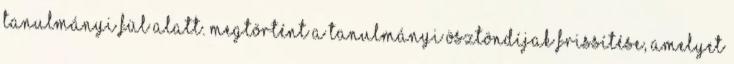
Tanulmányi fül alatt. Megtörtént a tanulmányi ösztöndíjak frissítése, amelyet